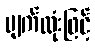
မျက်လုံးဖြင့်